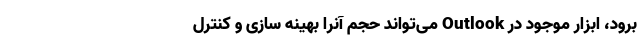
برود، ابزار موجود در Outlook می‌­تواند حجم آنرا بهینه سازی و کنترل